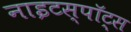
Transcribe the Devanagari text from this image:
नाइटस्पॉट्स